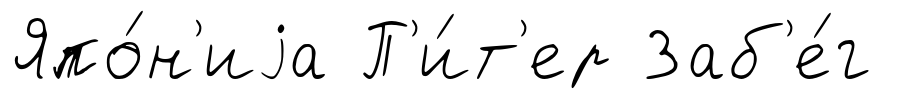
Япо́н'иjа П'и́т'ер Заб'е́г